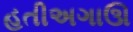
હતીઅગાઊ